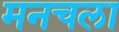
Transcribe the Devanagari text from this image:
मनचला